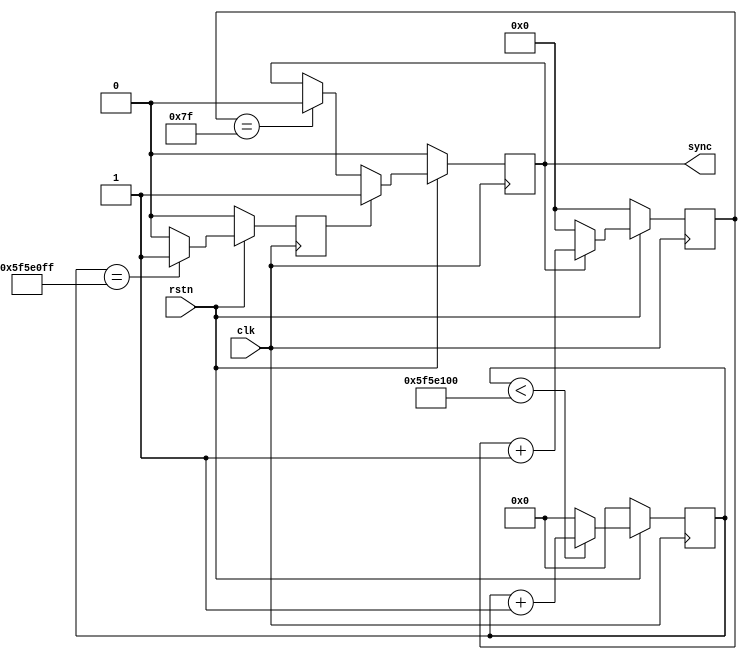
// ***************************************************************************
// ***************************************************************************
// Copyright 2015(c) Analog Devices, Inc.
//
// All rights reserved.
//
// Redistribution and use in source and binary forms, with or without modification,
// are permitted provided that the following conditions are met:
//     - Redistributions of source code must retain the above copyright
//       notice, this list of conditions and the following disclaimer.
//     - Redistributions in binary form must reproduce the above copyright
//       notice, this list of conditions and the following disclaimer in
//       the documentation and/or other materials provided with the
//       distribution.
//     - Neither the name of Analog Devices, Inc. nor the names of its
//       contributors may be used to endorse or promote products derived
//       from this software without specific prior written permission.
//     - The use of this software may or may not infringe the patent rights
//       of one or more patent holders.  This license does not release you
//       from the requirement that you obtain separate licenses from these
//       patent holders to use this software.
//     - Use of the software either in source or binary form, must be run
//       on or directly connected to an Analog Devices Inc. component.
//
// THIS SOFTWARE IS PROVIDED BY ANALOG DEVICES "AS IS" AND ANY EXPRESS OR IMPLIED WARRANTIES,
// INCLUDING, BUT NOT LIMITED TO, NON-INFRINGEMENT, MERCHANTABILITY AND FITNESS FOR A
// PARTICULAR PURPOSE ARE DISCLAIMED.
//
// IN NO EVENT SHALL ANALOG DEVICES BE LIABLE FOR ANY DIRECT, INDIRECT, INCIDENTAL, SPECIAL,
// EXEMPLARY, OR CONSEQUENTIAL DAMAGES (INCLUDING, BUT NOT LIMITED TO, INTELLECTUAL PROPERTY
// RIGHTS, PROCUREMENT OF SUBSTITUTE GOODS OR SERVICES; LOSS OF USE, DATA, OR PROFITS; OR
// BUSINESS INTERRUPTION) HOWEVER CAUSED AND ON ANY THEORY OF LIABILITY, WHETHER IN CONTRACT,
// STRICT LIABILITY, OR TORT (INCLUDING NEGLIGENCE OR OTHERWISE) ARISING IN ANY WAY OUT OF
// THE USE OF THIS SOFTWARE, EVEN IF ADVISED OF THE POSSIBILITY OF SUCH DAMAGE.
// ***************************************************************************
// ***************************************************************************
// ***************************************************************************
// ***************************************************************************
`timescale 1ns/1ps

module ad_tdd_sync (

  clk,                                           // system clock (100 Mhz)
  rstn,

  sync                                           // re-synchronization signal
);

  localparam      PULSE_CNTR_WIDTH  = 7;
  parameter       TDD_SYNC_PERIOD   = 100000000; // t_period * clk_freq - 1

  input           clk;
  input           rstn;
  output          sync;

  // internal registers

  reg     [(PULSE_CNTR_WIDTH-1):0]  pulse_counter   =  {PULSE_CNTR_WIDTH{1'b1}};
  reg     [31:0]                    sync_counter    = 32'h0;
  reg                               sync_pulse      =  1'b0;
  reg                               sync_period_eof =  1'b0;

  assign sync = sync_pulse;

  // a free running sync pulse generator

  always @(posedge clk) begin
    if (rstn == 1'b0) begin
      sync_counter <= 32'h0;
      sync_period_eof <= 1'b0;
    end else begin
      sync_counter <= (sync_counter < TDD_SYNC_PERIOD) ? (sync_counter + 1) : 32'b0;
      sync_period_eof <= (sync_counter == (TDD_SYNC_PERIOD - 1)) ? 1'b1 : 1'b0;
    end
  end

  // generate pulse with a specified width

  always @(posedge clk) begin
    if (rstn == 1'b0) begin
      pulse_counter <= 0;
      sync_pulse <= 0;
    end else begin
      pulse_counter <= (sync_pulse == 1'b1) ? pulse_counter + 1 : {PULSE_CNTR_WIDTH{1'h0}};
      if(sync_period_eof == 1'b1) begin
        sync_pulse <= 1'b1;
      end else if(pulse_counter == {PULSE_CNTR_WIDTH{1'b1}}) begin
        sync_pulse <= 1'b0;
      end
    end
  end

endmodule